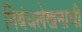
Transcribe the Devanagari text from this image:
निबंधलेखनाची